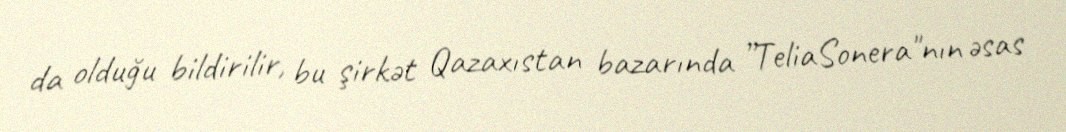
da olduğu bildirilir, bu şirkət Qazaxıstan bazarında ”TeliaSonera"nın əsas